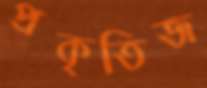
প্রকৃতিজ